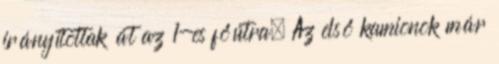
irányítottak át az 1-es főútra. Az első kamionok már